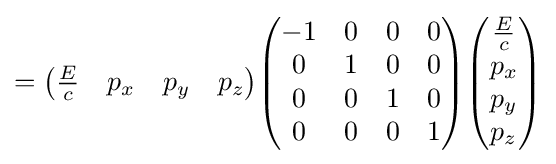
={\begin{pmatrix}{\frac {E}{c}}&p_{x}&p_{y}&p_{z}\end{pmatrix}}{\begin{pmatrix}-1&0&0&0\\0&1&0&0\\0&0&1&0\\0&0&0&1\\\end{pmatrix}}{\begin{pmatrix}{\frac {E}{c}}\\p_{x}\\p_{y}\\p_{z}\end{pmatrix}}